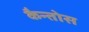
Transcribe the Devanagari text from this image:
कैन्तोस